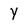
Character: Y